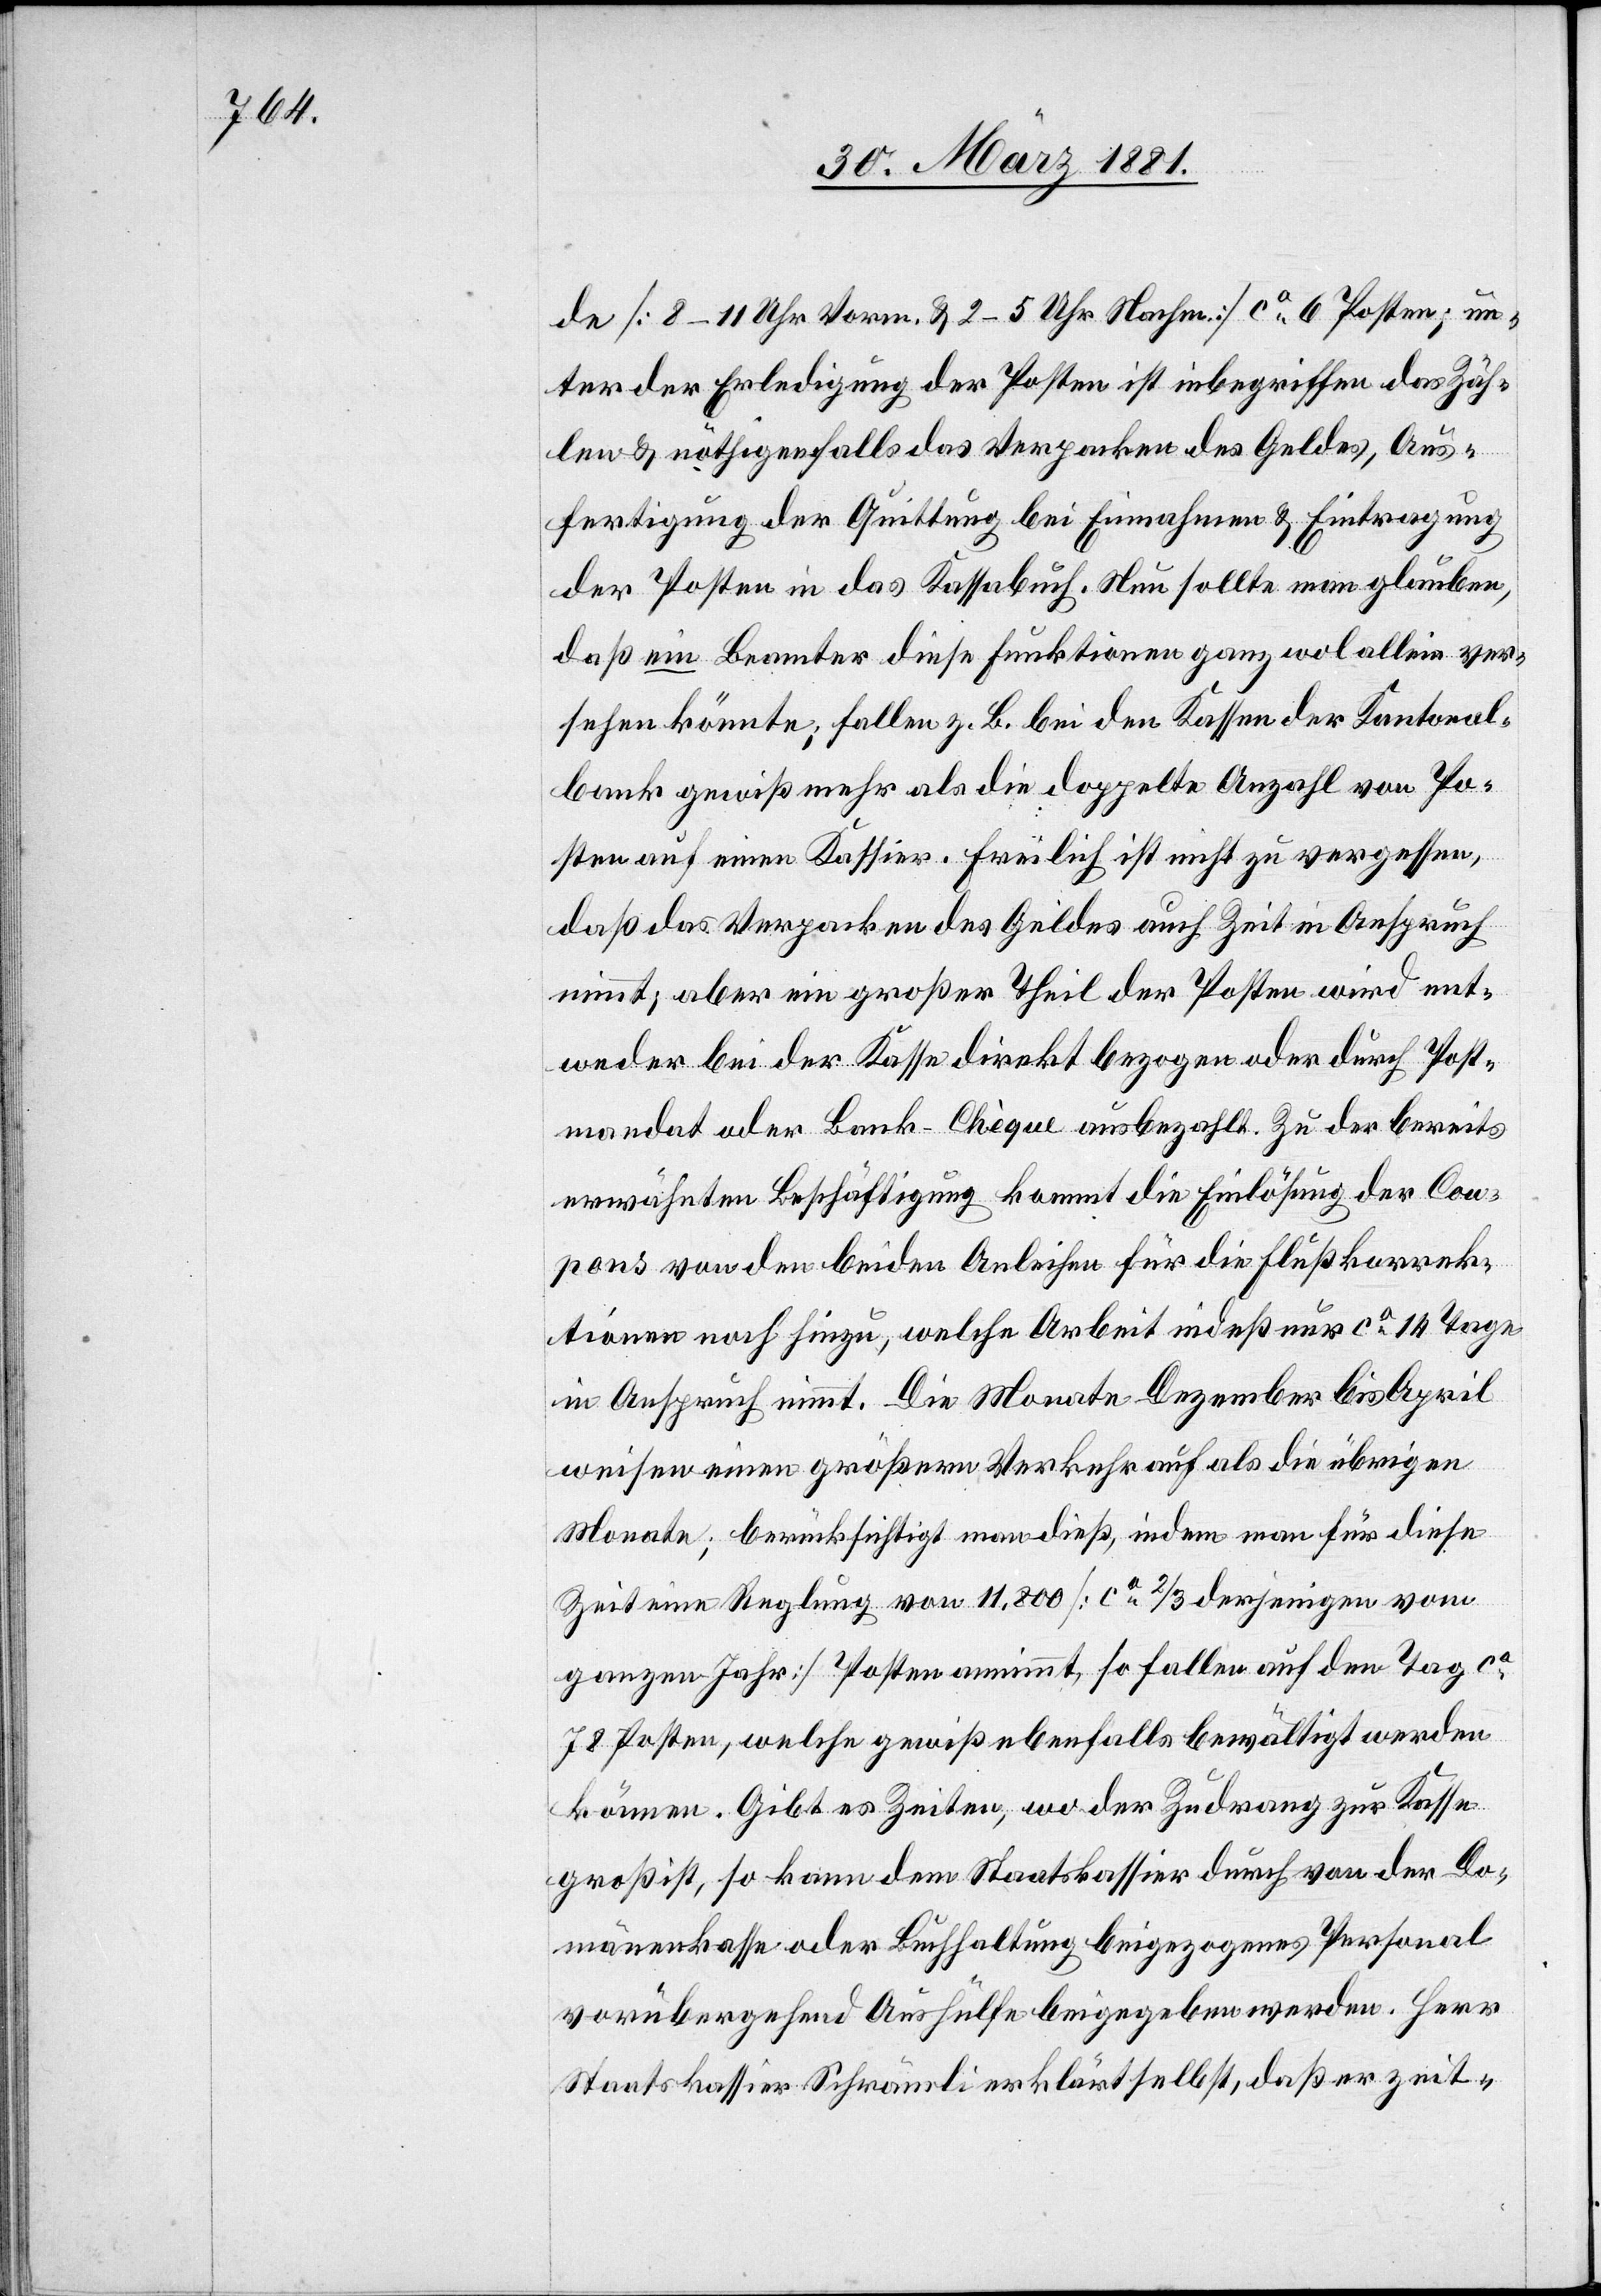
de [8–11 Uhr Vorm. & 2–5 Uhr Nachm.] ca 6 Posten; un¬
ter der Erledigung der Posten ist inbegriffen das Zäh¬
len & nöthigenfalls das Verpacken des Geldes, Aus¬
fertigung der Quittung bei Einnahmen & Eintragung
der Posten in das Kassabuch. Neu sollte man glauben,
daß ein Beamter diese Funktionen ganz wol allein ver¬
sehen könnte; fallen z. B. bei den Kassen der Kantonal¬
bank gewiß mehr als die doppelte Anzahl von Po¬
sten auf einen Kassier. Freilich ist nicht zu vergessen,
daß das Verpacken des Geldes auch Zeit in Anspruch
nimmt; aber ein großer Theil der Posten wird ent¬
weder bei der Kasse direkt bezogen oder durch Post¬
mandat oder Bank-Chèque ausbezahlt. Zu der bereits
erwähnten Beschäftigung kommt die Einlösung der Cou¬
pons von den beiden Anleihen für die Flußkorrek¬
tionen noch hinzu, welche Arbeit indeß nur ca 14 Tage
in Anspruch nimmt. Die Monate Dezember bis April
weisen einen größern Verkehr auf als die übrigen
Monate; berücksichtigt man dieß, indem man für diese
Zeit eine Reglung von 11,800 [ca 2/3 derjenigen vom
ganzen Jahr] Posten annimmt, so fallen auf den Tag ca
78 Posten, welche gewiß ebenfalls bewältigt werden
können. Gibt es Zeiten, wo der Zudrang zur Kasse
groß ist, so kann dem Staatskassier durch von der Do¬
mänenkasse oder Buchhaltung beigezogenes Personal
vorübergehend Aushülfe beigegeben werden. Herr
Staatskassier Schrämli erklärt selbst, daß er zeit-